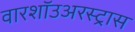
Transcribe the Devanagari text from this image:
वारशॉउअरस्ट्रास